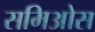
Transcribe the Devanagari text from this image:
समिओस